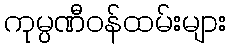
ကုမ္ပဏီဝန်ထမ်းများ